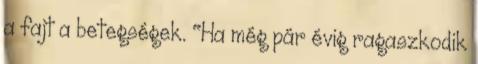
a fajt a betegségek. "Ha még pár évig ragaszkodik